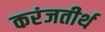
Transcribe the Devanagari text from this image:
करंजतीर्थ